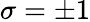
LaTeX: \sigma=\pm 1